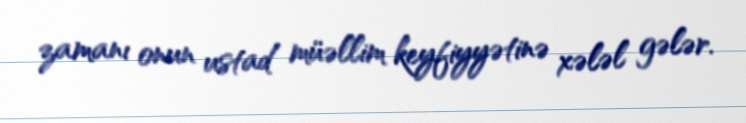
zamanı onun ustad müəllim keyfiyyətinə xələl gələr.